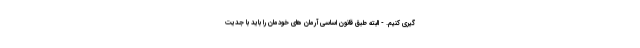
گیری کنیم. - البته طبق قانون اساسی آرمان های خودمان را باید با جدیت